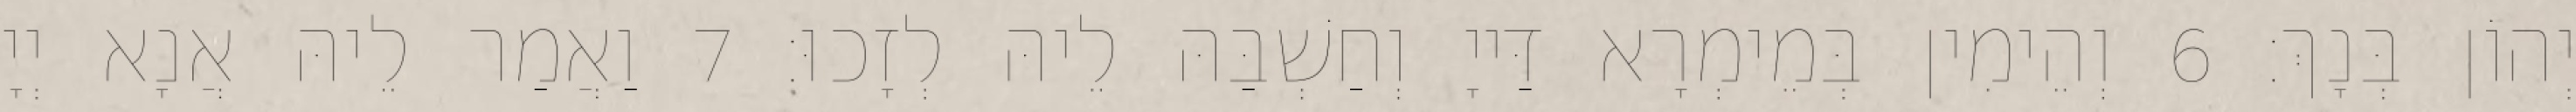
יְהוֹן בְּנָךְ׃ 6 וְהֵימִין בְּמֵימְרָא דַּייָ וְחַשְׁבַּהּ לֵיהּ לְזָכוּ׃ 7 וַאֲמַר לֵיהּ אֲנָא יְיָ